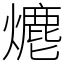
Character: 𤏶